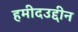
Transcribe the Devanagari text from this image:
हमीदउद्दीन